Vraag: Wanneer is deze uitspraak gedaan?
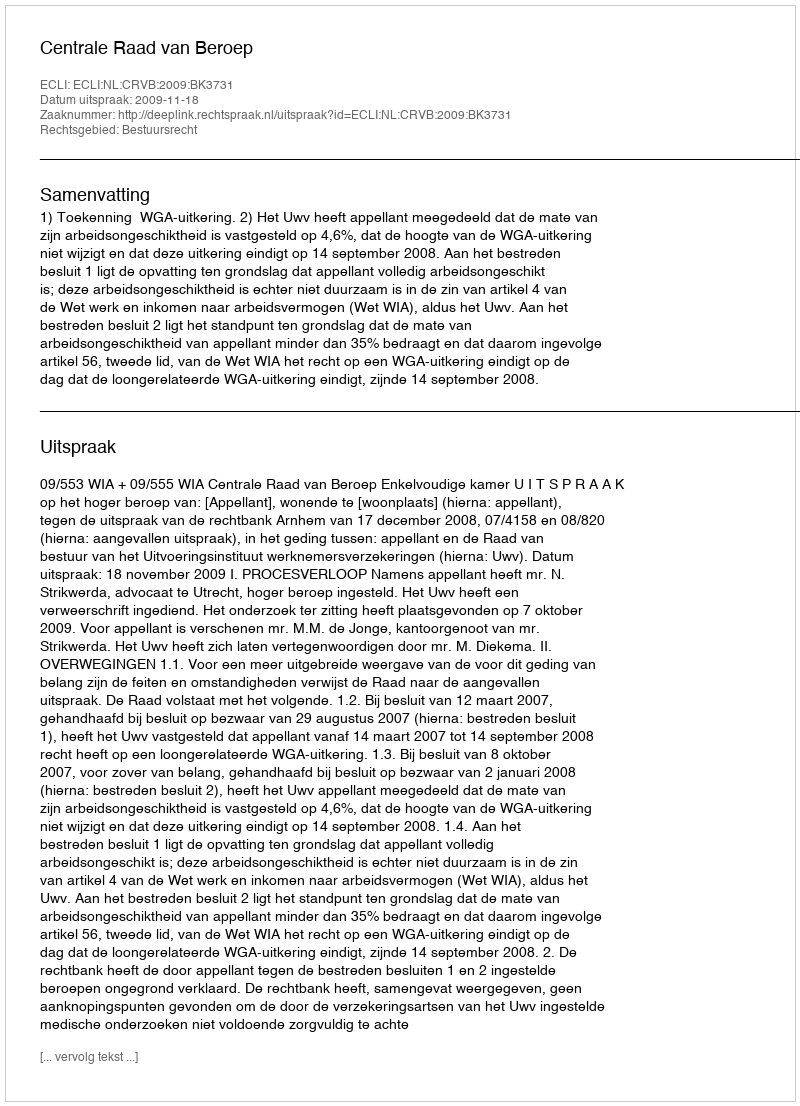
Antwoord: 2009-11-18